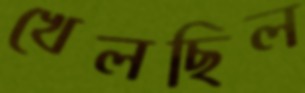
খেলছিল